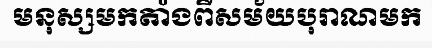
មនុស្សមកតាំងពីសម័យបុរាណមក